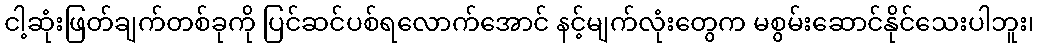
ငါ့ဆုံးဖြတ်ချက်တစ်ခုကို ပြင်ဆင်ပစ်ရလောက်အောင် နင့်မျက်လုံးတွေက မစွမ်းဆောင်နိုင်သေးပါဘူး၊